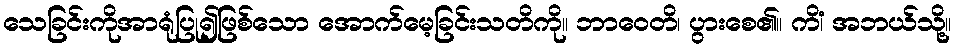
သေခြင်းကိုအာရုံပြု၍ဖြစ်သော အောက်မေ့ခြင်းသတိကို။ ဘာဝေတိ၊ ပွားစေ၏။ ကိံ၊ အဘယ်သို့။